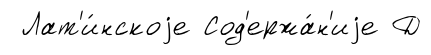
Лат'и́нскоjе Сод'ержа́н'иjе Д